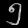
Digit: ၅